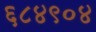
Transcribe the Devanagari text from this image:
६८४९०४